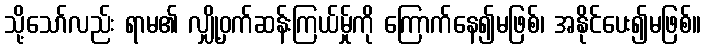
သို့သော်လည်း ရာမ၏ လျှို့ဝှက်ဆန်းကြယ်မ်ှုကို ကြောက်နေ၍မဖြစ်၊ အနိုင်ပေး၍မဖြစ်။